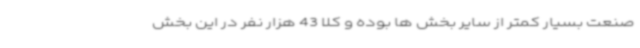
صنعت بسیار کمتر از سایر بخش ها بوده و کلاً 43 هزار نفر در این بخش